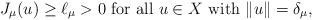
LaTeX: \begin{align*} \text{ $J_\mu(u)\geq \ell_\mu>0 $ for all $ u\in X$ with $\| u \|=\delta_\mu$,} \end{align*}